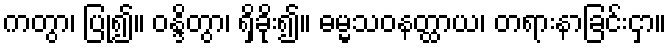
ကတွာ၊ ပြု၍။ ဝန္ဒိတွာ၊ ရှိခိုး၍။ ဓမ္မသဝနတ္ထာယ၊ တရားနာခြင်းငှာ။